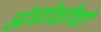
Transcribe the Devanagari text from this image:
अंघोळीची